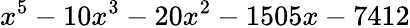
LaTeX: x^{5}-10x^{3}-20x^{2}-1505x-7412